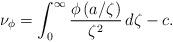
LaTeX: \begin{align*}\nu_{\phi}=\int_0^{\infty}\frac{\phi\left(a/\zeta \right)}{\zeta^2}\, d \zeta-c. \end{align*}